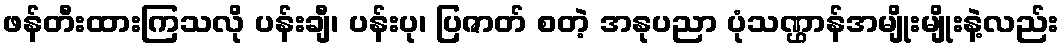
ဖန်တီးထားကြသလို ပန်းချီ၊ ပန်းပု၊ ပြဇာတ် စတဲ့ အနုပညာ ပုံသဏ္ဌာန်အမျိုးမျိုးနဲ့လည်း